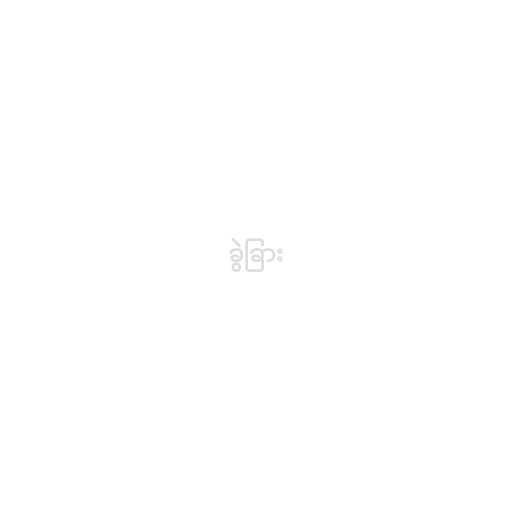
ခွဲခြား